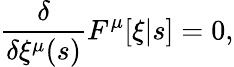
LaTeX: \frac{\delta}{\delta\xi^{\mu}(s)}F^{\mu}[\xi|s]=0,